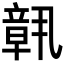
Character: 𬔧